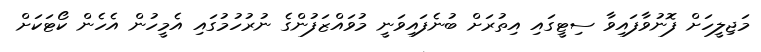
މަޖިލީހަށް ފޮނުވާފައިވާ ސިޓީގައި އިތުރަށް ބުނެފައިވަނީ މުވައްޒަފުންގެ ނުރުހުމުގައި އެމީހުން އެހެން ކޯޓަކަށް